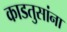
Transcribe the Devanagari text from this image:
काडतुसांना